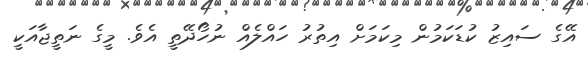
އޭގެ ސައިޒު ކުޑަކަމުން މިކަމަށް އިތުރު ހައްލެއް ނުހޯދޭތީ އެވެ. މީގެ ނަތީޖާއަކީ